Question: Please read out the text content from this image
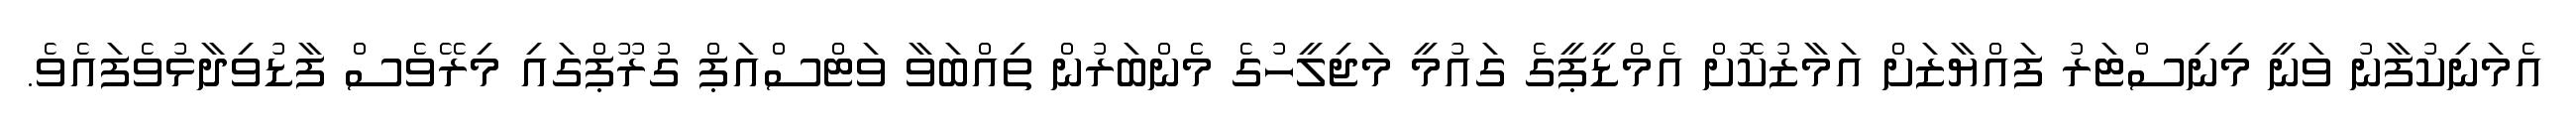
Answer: އެމަނިކުފާނު ވަނީ މިނިސްޓަރު ފައްޔާޒަށް އަމާޒުކޮށް އެމްޑީޕީގެ ގައުމީ މަޖިލީހުގެ މެެންބަރުން ތިއްބަވާ ވަޓްސްއަޕް ގުރޫޕްގައި މިރޭވެސް ފާޑުވިދާޅުވެފައެވެ.